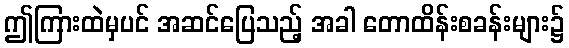
ဤကြားထဲမှပင် အဆင်ပြေသည့် အခါ တောထိန်းစခန်းများ၌